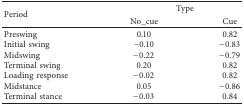
<table><thead><tr><td rowspan="2"><b>Period</b></td><td colspan="2"><b>Type</b></td></tr><tr><td><b>No_cue</b></td><td><b>Cue</b></td></tr></thead><tbody><tr><td>Preswing</td><td>0.10</td><td>0.82</td></tr><tr><td>Initial swing</td><td>−0.10</td><td>−0.83</td></tr><tr><td>Midswing</td><td>−0.22</td><td>−0.79</td></tr><tr><td>Terminal swing</td><td>0.20</td><td>0.82</td></tr><tr><td>Loading response</td><td>−0.02</td><td>0.82</td></tr><tr><td>Midstance</td><td>0.05</td><td>−0.86</td></tr><tr><td>Terminal stance</td><td>−0.03</td><td>0.84</td></tr></tbody></table>